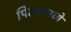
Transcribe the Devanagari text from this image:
पिढ्यामध्ये